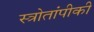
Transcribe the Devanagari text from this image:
स्त्रोतांपीकी